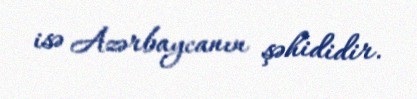
isə Azərbaycanın şəhididir.